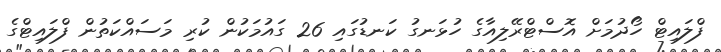
ފްލައިޓް ހޯދުމަށް އޮސްޓްރޭލިއާގެ ހުޅަނގު ކަނޑުގައި 26 ގައުމަކުން ކުރި މަސައްކަތުން ފްލައިޓްގެ